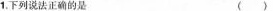
1.下列 法正确的是-反应的活化分子百分数是个定值()